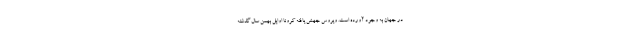
در جهان به وجود آورده است. ویروس جهش یافته کرونا اوایل بهمن سال گذشته